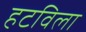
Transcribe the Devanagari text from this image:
हटविला